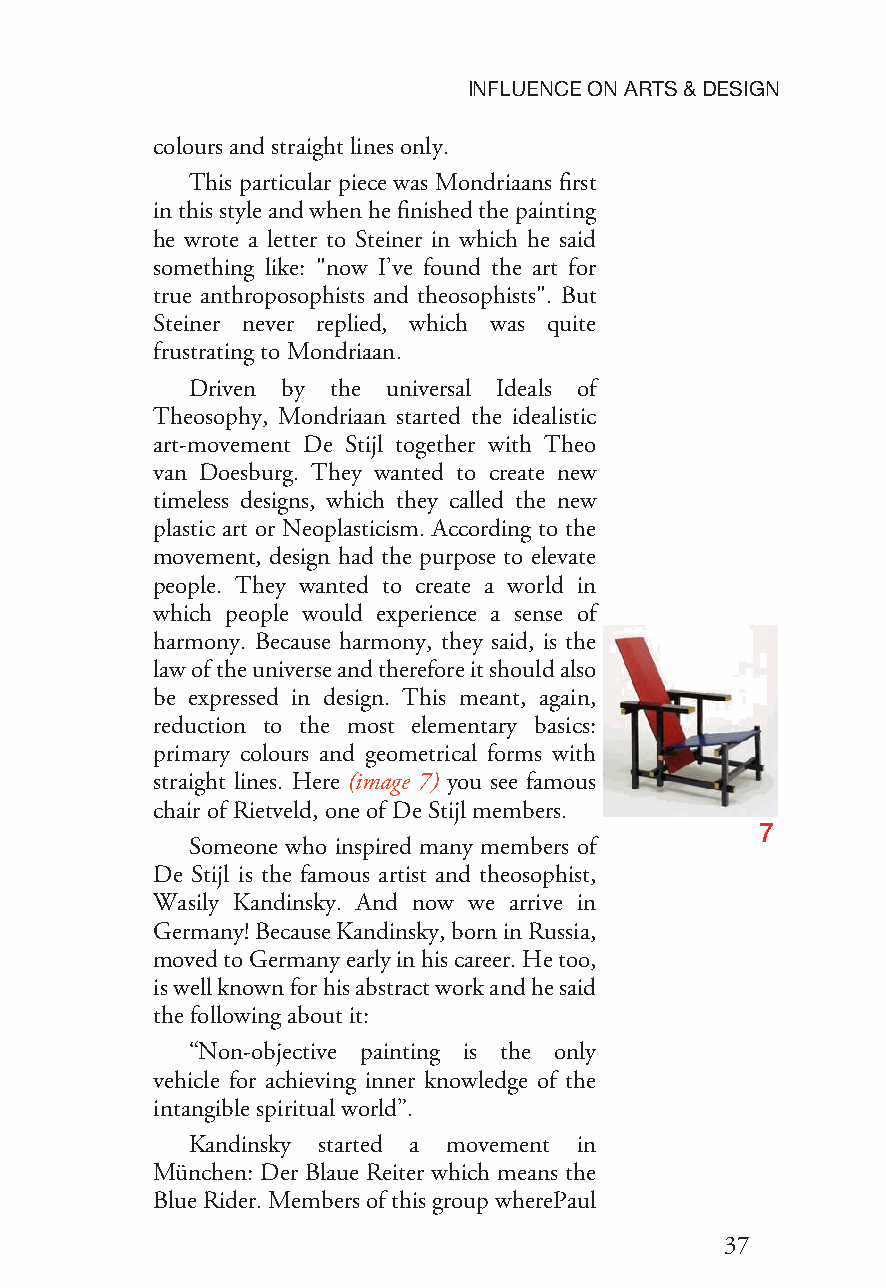
INFLUENCEONARTS&DESIGN
 coloursandstraightlinesonly.
 This particular piece was Mondriaans first
 inthisstyleandwhenhefinishedthepainting
 he wrote a letter to Steiner in which he said
 something like: "now I’ve found the art for
 true anthroposophists and theosophists". But
 Steiner never replied, which was quite
 frustratingtoMondriaan.
 Driven by the universal Ideals of
 Theosophy, Mondriaan started the idealistic
 art-movement De Stijl together with Theo
 van Doesburg. They wanted to create new
 timeless designs, which they called the new
 plastic art or Neoplasticism. According to the
 movement, design had the purpose to elevate
 people. They wanted to create a world in
 which people would experience a sense of
 harmony. Because harmony, they said, is the
 lawoftheuniverseandthereforeitshouldalso
 be expressed in design. This meant, again,
 reduction to the most elementary basics:
 primary colours and geometrical forms with
 straight lines. Here (image 7) you see famous
 chairofRietveld,oneofDeStijlmembers.
 7
 Someone who inspired many members of
 De Stijl is the famous artist and theosophist,
 Wasily Kandinsky. And now we arrive in
 Germany!BecauseKandinsky,borninRussia,
 movedtoGermanyearlyinhiscareer.Hetoo,
 iswellknownforhisabstractworkandhesaid
 thefollowingabout it:
 “Non-objective painting is the only
 vehicle for achieving inner knowledge of the
 intangible spiritualworld”.
 Kandinsky started a movement in
 München: Der Blaue Reiter which means the
 BlueRider.MembersofthisgroupwherePaul
 37